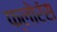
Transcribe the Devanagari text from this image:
फ्लोरंस